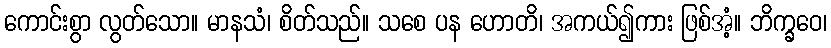
ကောင်းစွာ လွတ်သော။ မာနသံ၊ စိတ်သည်။ သစေ ပန ဟောတိ၊ အကယ်၍ကား ဖြစ်အံ့။ ဘိက္ခဝေ၊